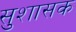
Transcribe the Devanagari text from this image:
सुशासक